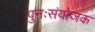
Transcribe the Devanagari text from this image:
पुनःसंयोजक